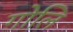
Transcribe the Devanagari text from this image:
गोलि